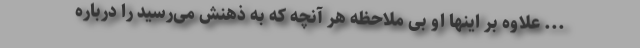
... علاوه بر اینها او بی ملاحظه هر آنچه که به ذهنش می‌رسید را درباره